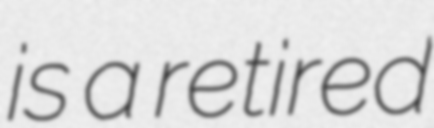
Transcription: is a retired